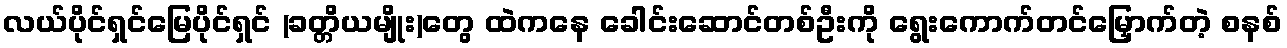
လယ်ပိုင်ရှင်မြေပိုင်ရှင် (ခတ္တိယမျိုး)တွေ ထဲကနေ ခေါင်းဆောင်တစ်ဦးကို ရွေးကောက်တင်မြှောက်တဲ့ စနစ်